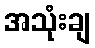
အသုံးချ